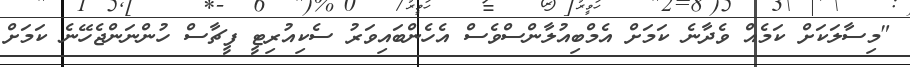
"މިސާލަކަށް ކަމެއް ވެދާނެ ކަމަށް އެމްބިއުލާންސްވެސް އެހެންބައިވަރު ސެކިއުރިޓީ ފީޗާސް ހުންނަންޖެހޭނެ ކަމަށް